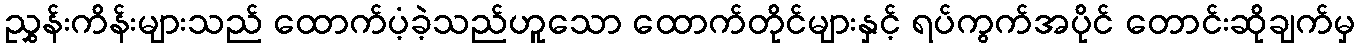
ညွှန်းကိန်းများသည် ထောက်ပံ့ခဲ့သည်ဟူသော ထောက်တိုင်များနှင့် ရပ်ကွက်အပိုင် တောင်းဆိုချက်မှ